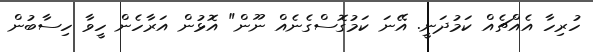
ހުރިހާ އެއްޗެއް ކަމުދަނީ. އޭނަ ކަމުގޮސްގެނެއް ނޫން" އޮޅުން އަރާހެން ހީވާ ހިސާބުން